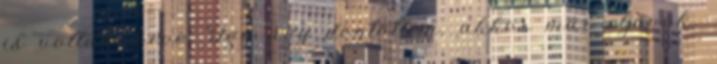
is voltam véve. Így úgy döntöttem, akkor már eljövök.